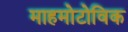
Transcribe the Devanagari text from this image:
माहमोटोविक